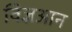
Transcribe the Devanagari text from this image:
विज्ञआन